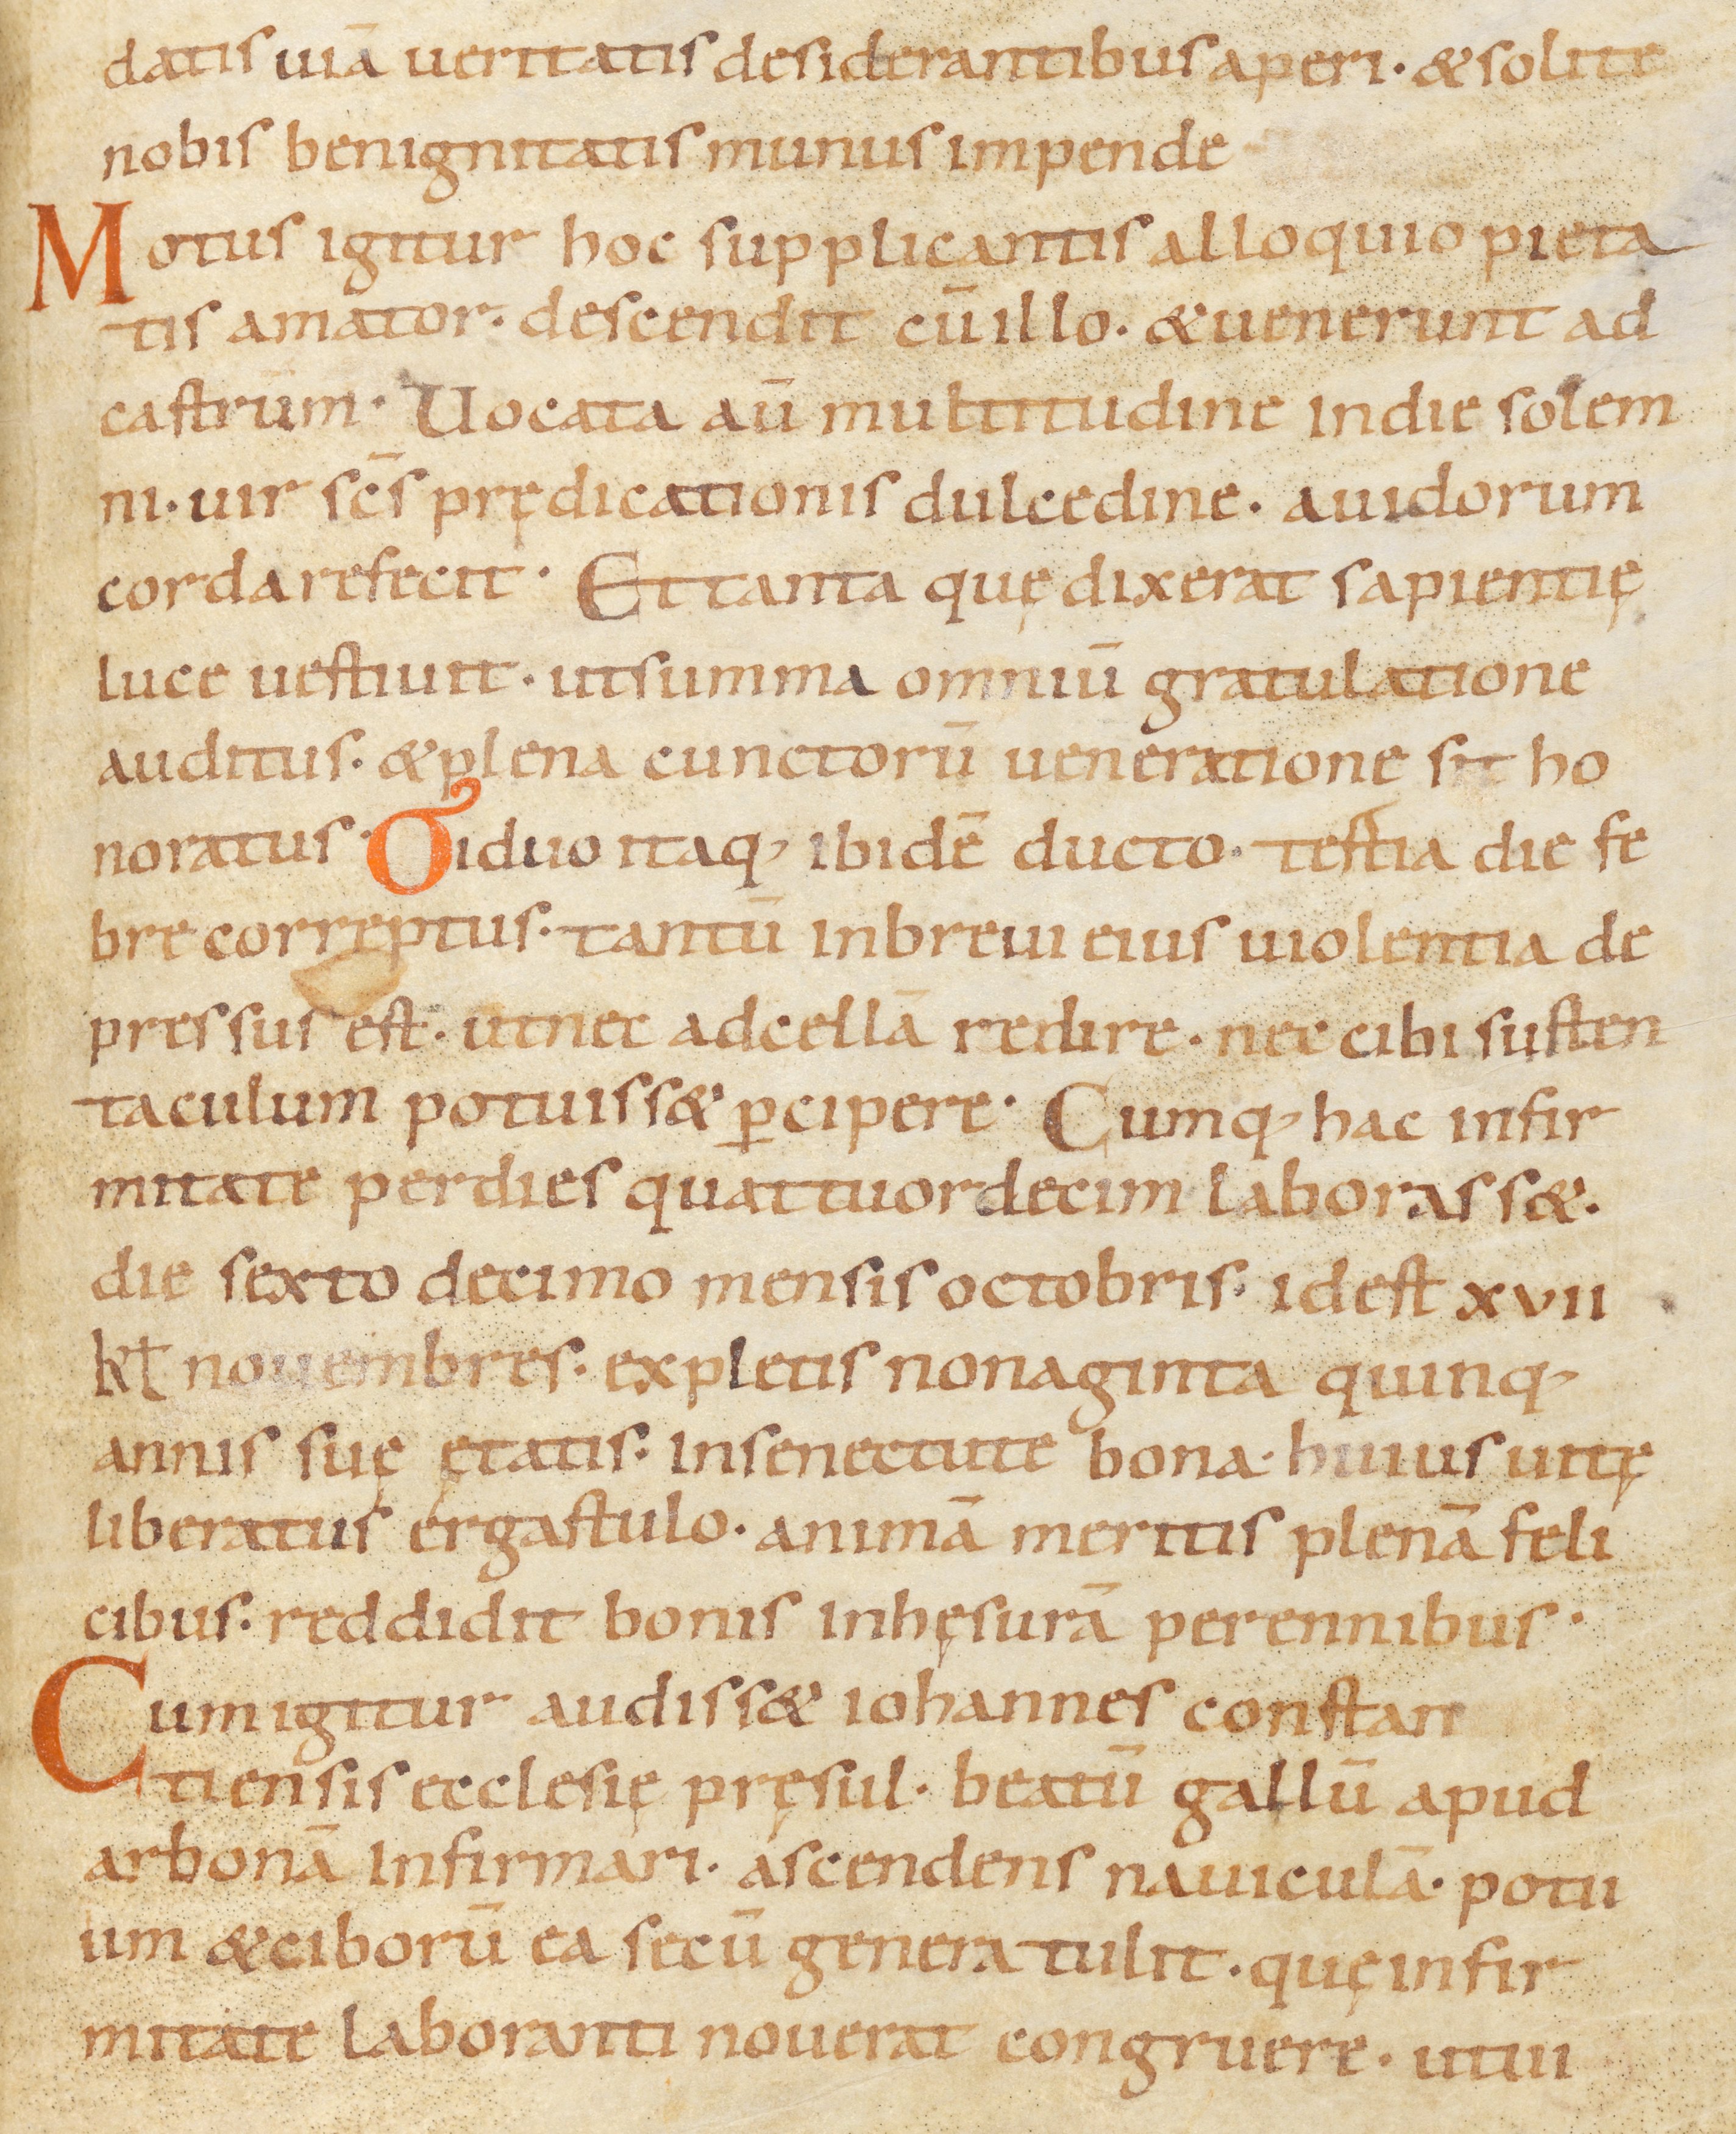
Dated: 900–999